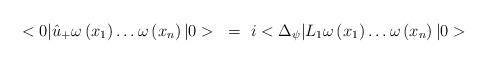
LaTeX: \begin{align*}<0|\hat{u}_{+}\omega\left( x_{1} \right)\ldots \omega\left( x_{n}\right)|0>~=~i<\Delta_{\psi}|L_{1}\omega\left( x_{1} \right)\ldots \omega\left(x_{n} \right)|0>\end{align*}